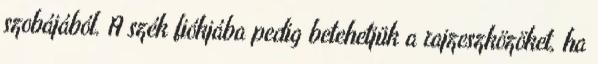
szobájából. A szék fiókjába pedig betehetjük a rajzeszközöket, ha